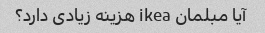
آیا مبلمان ikea هزینه زیادی دارد؟